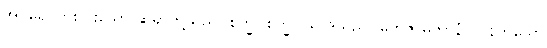
အပရေ၊ တစ်ပါးသော ဆရာတို့သည်။ စက္ခု၊ စက္ခုပသာဒသည်။ တေဇာဓိကာနံ၊ လွန်ကဲသော